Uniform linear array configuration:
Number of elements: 24
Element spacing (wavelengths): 1
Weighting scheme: cosine
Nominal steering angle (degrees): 45
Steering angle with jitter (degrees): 44.042
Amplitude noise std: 0.05
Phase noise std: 0.05

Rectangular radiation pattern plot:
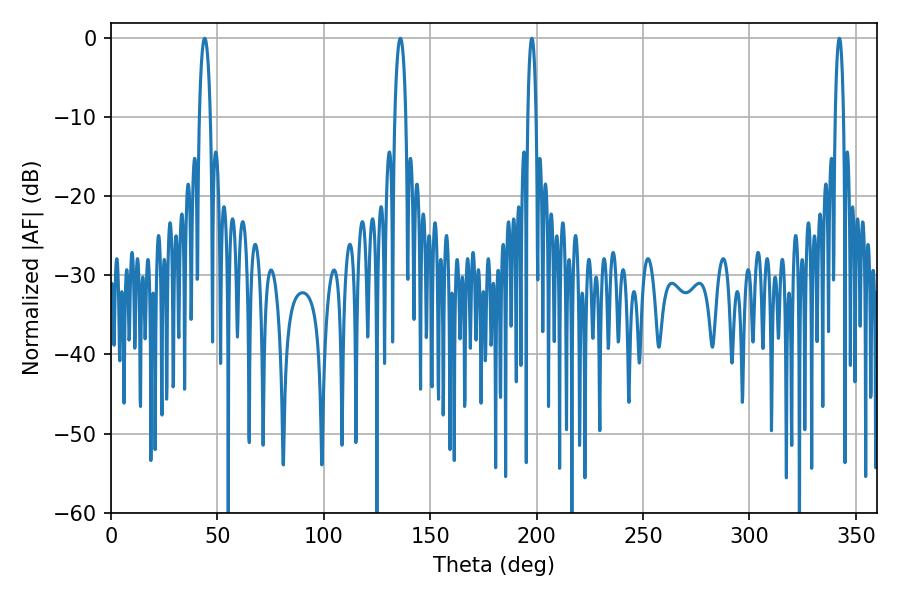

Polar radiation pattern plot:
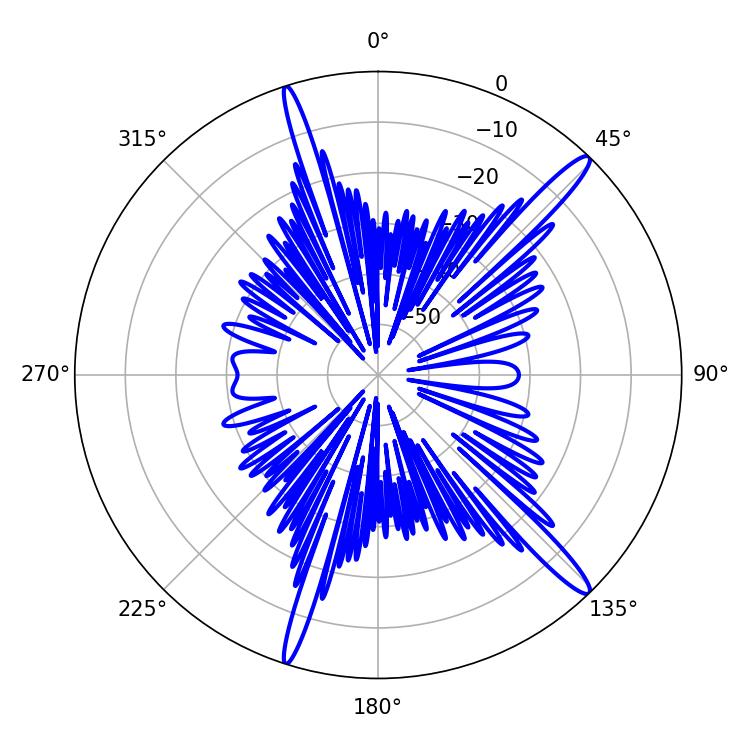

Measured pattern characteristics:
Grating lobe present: TRUE
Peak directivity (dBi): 15.712
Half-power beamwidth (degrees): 2.88
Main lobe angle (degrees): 135.9